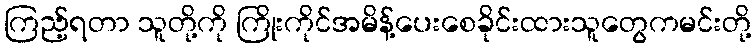
ကြည့်ရတာ သူတို့ကို ကြိုးကိုင်အမိန့်ပေးစေခိုင်းထားသူတွေကမင်းတို့